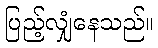
ပြည့်လျှံနေသည်။